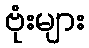
ဗုံးများ